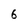
Character: 6